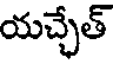
యచ్చేత్